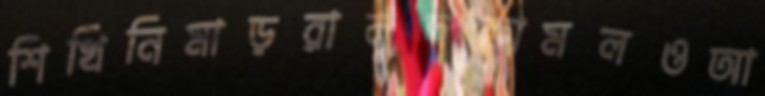
শিখিনিমাড়রালুদকোমলওআ